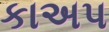
કાઅપ